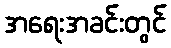
အရေးအခင်းတွင်